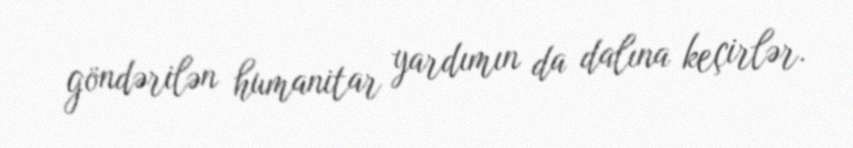
göndərilən humanitar yardımın da dalına keçirlər.